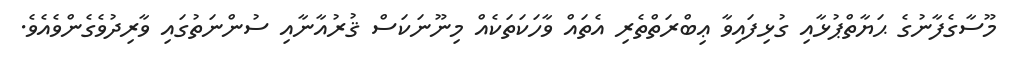
މޫސާގެފާނުގެ ޙަޔާތްޕުޅާއި ގުޅިފައިވާ ޢިބްރަތްތެރި އެތައް ވާހަކަތަކެއް މިނޫނަކަސް ޤުރުއާނާއި ސުންނަތުގައި ވާރިދުވެގެންވެއެވެ.